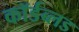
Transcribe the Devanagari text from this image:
कॉर्डब्लड